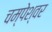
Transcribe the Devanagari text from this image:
चम्पेश्वर